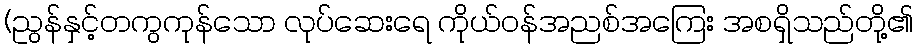
(ညွန်နှင့်တကွကုန်သော လုပ်ဆေးရေ ကိုယ်ဝန်အညစ်အကြေး အစရှိသည်တို့၏